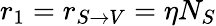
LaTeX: r_{1}=r_{S\rightarrow V}=\eta N_{S}